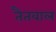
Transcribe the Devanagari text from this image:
तैतवाल